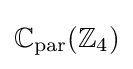
\mathbb {C} _{\text{par}}(\mathbb {Z} _{4})